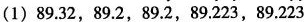
( )<( )<( )<( )<( )